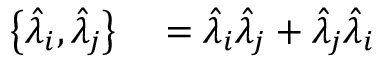
\begin{array} { r l } { \left\{ \hat { \lambda } _ { i } , \hat { \lambda } _ { j } \right\} } & { { } = \hat { \lambda } _ { i } \hat { \lambda } _ { j } + \hat { \lambda } _ { j } \hat { \lambda } _ { i } } \end{array}